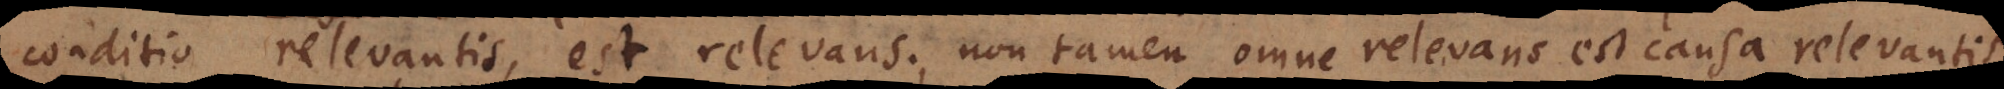
conditio relevantis, est relevans; non tamen omne relevans est causa relevantis,